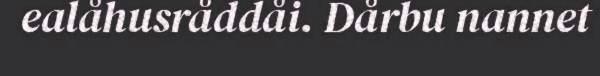
ealåhusråddåi. Dårbu nannet